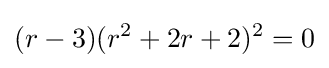
(r-3)(r^{2}+2r+2)^{2}=0